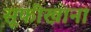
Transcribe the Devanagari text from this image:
सूफीखाना